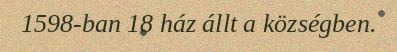
1598-ban 18 ház állt a községben.